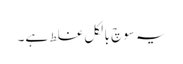
یہ سوچ بالکل غلط ہے۔